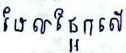
ដែលផ្អែកលើ